Indian journal of veterinary science and animal husbandry - Volume 6,
Year: 1936
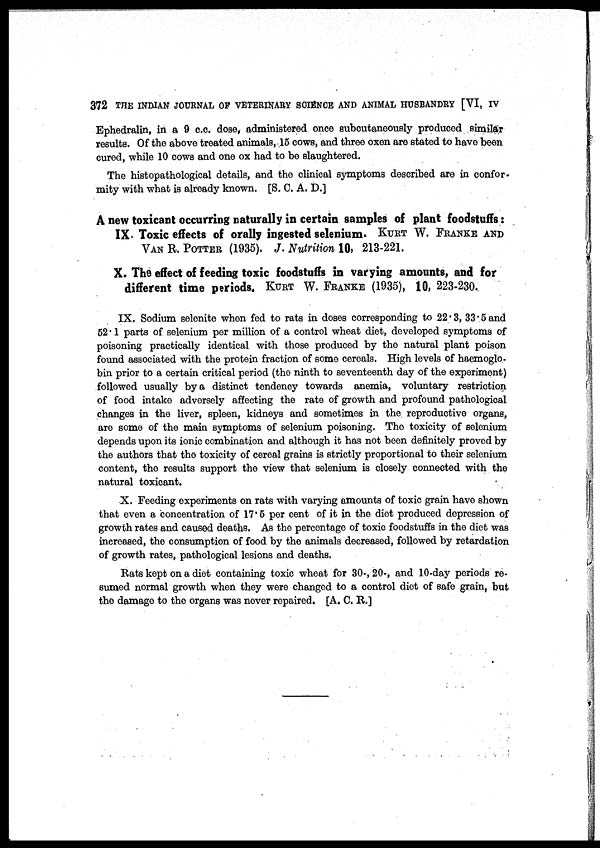
372 THE INDIAN JOURNAL OF VETERINARY SCIENCE AND ANIMAL HUSBANDRY [VI, IV
Ephedralin, in a 9 c.c. dose, administered once subcutaneously produced similar
results. Of the above treated animals, 15 cows, and three oxen are stated to have been
cured, while 10 cows and one ox had to be slaughtered.
The histopathological details, and the clinical symptoms described are in confor-
mity with what is already known. [S. C. A. D.]
A new toxicant occurring naturally in certain samples of plant foodstuffs:
IX. Toxic effects of orally ingested selenium. KURT W. FRANKE AND
VAN R. POTTER (1935). J. Nutrition 10, 213-221.
X. The effect of feeding toxic foodstuffs in varying amounts, and for
different time periods. KURT W. FRANKE (1935), 10, 223-230.
IX. Sodium selenite when fed to rats in doses corresponding to 22.3, 33.5 and
52.1 parts of selenium per million of a control wheat diet, developed symptoms of
poisoning practically identical with those produced by the natural plant poison
found associated with the protein fraction of some cereals. High levels of haemoglo-
bin prior to a certain critical period (the ninth to seventeenth day of the experiment)
followed usually by a distinct tendency towards anemia, voluntary restriction
of food intake adversely affecting the rate of growth and profound pathological
changes in the liver, spleen, kidneys and sometimes in the reproductive organs,
are some of the main symptoms of selenium poisoning. The toxicity of selenium
depends upon its ionic combination and although it has not been definitely proved by
the authors that the toxicity of cereal grains is strictly proportional to their selenium
content, the results support the view that selenium is closely connected with the
natural toxicant.
X. Feeding experiments on rats with varying amounts of toxic grain have shown
that even a concentration of 17.5 per cent of it in the diet produced depression of
growth rates and caused deaths. As the percentage of toxic foodstuffs in the diet was
increased, the consumption of food by the animals decreased, followed by retardation
of growth rates, pathological lesions and deaths.
Rats kept on a diet containing toxic wheat for 30-, 20-, and 10-day periods re-
sumed normal growth when they were changed to a control diet of safe grain, but
the damage to the organs was never repaired. [A. C. R.]